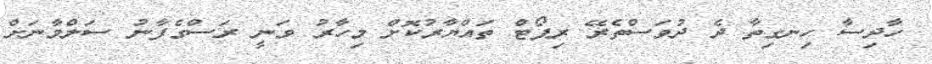
ހާދިސާ ހިނގިތާ ދެ ދުވަސްތެރޭ ރިޕޯޓް ތައްޔާރުކޮށް މިހާރު ވަނީ ރަސްގެފާނު ސަލްމާނަށް